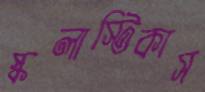
স্কলাস্টিকাস